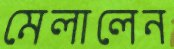
মেলালেন